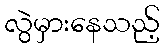
လွဲမှားနေသည့်